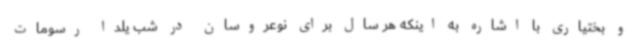
و بختیاری با اشاره به اینکه هر سال برای نوعروسان در شب یلدا رسومات